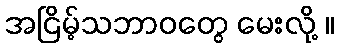
အငြိမ့်သဘာဝတွေ မေးလို့ ။